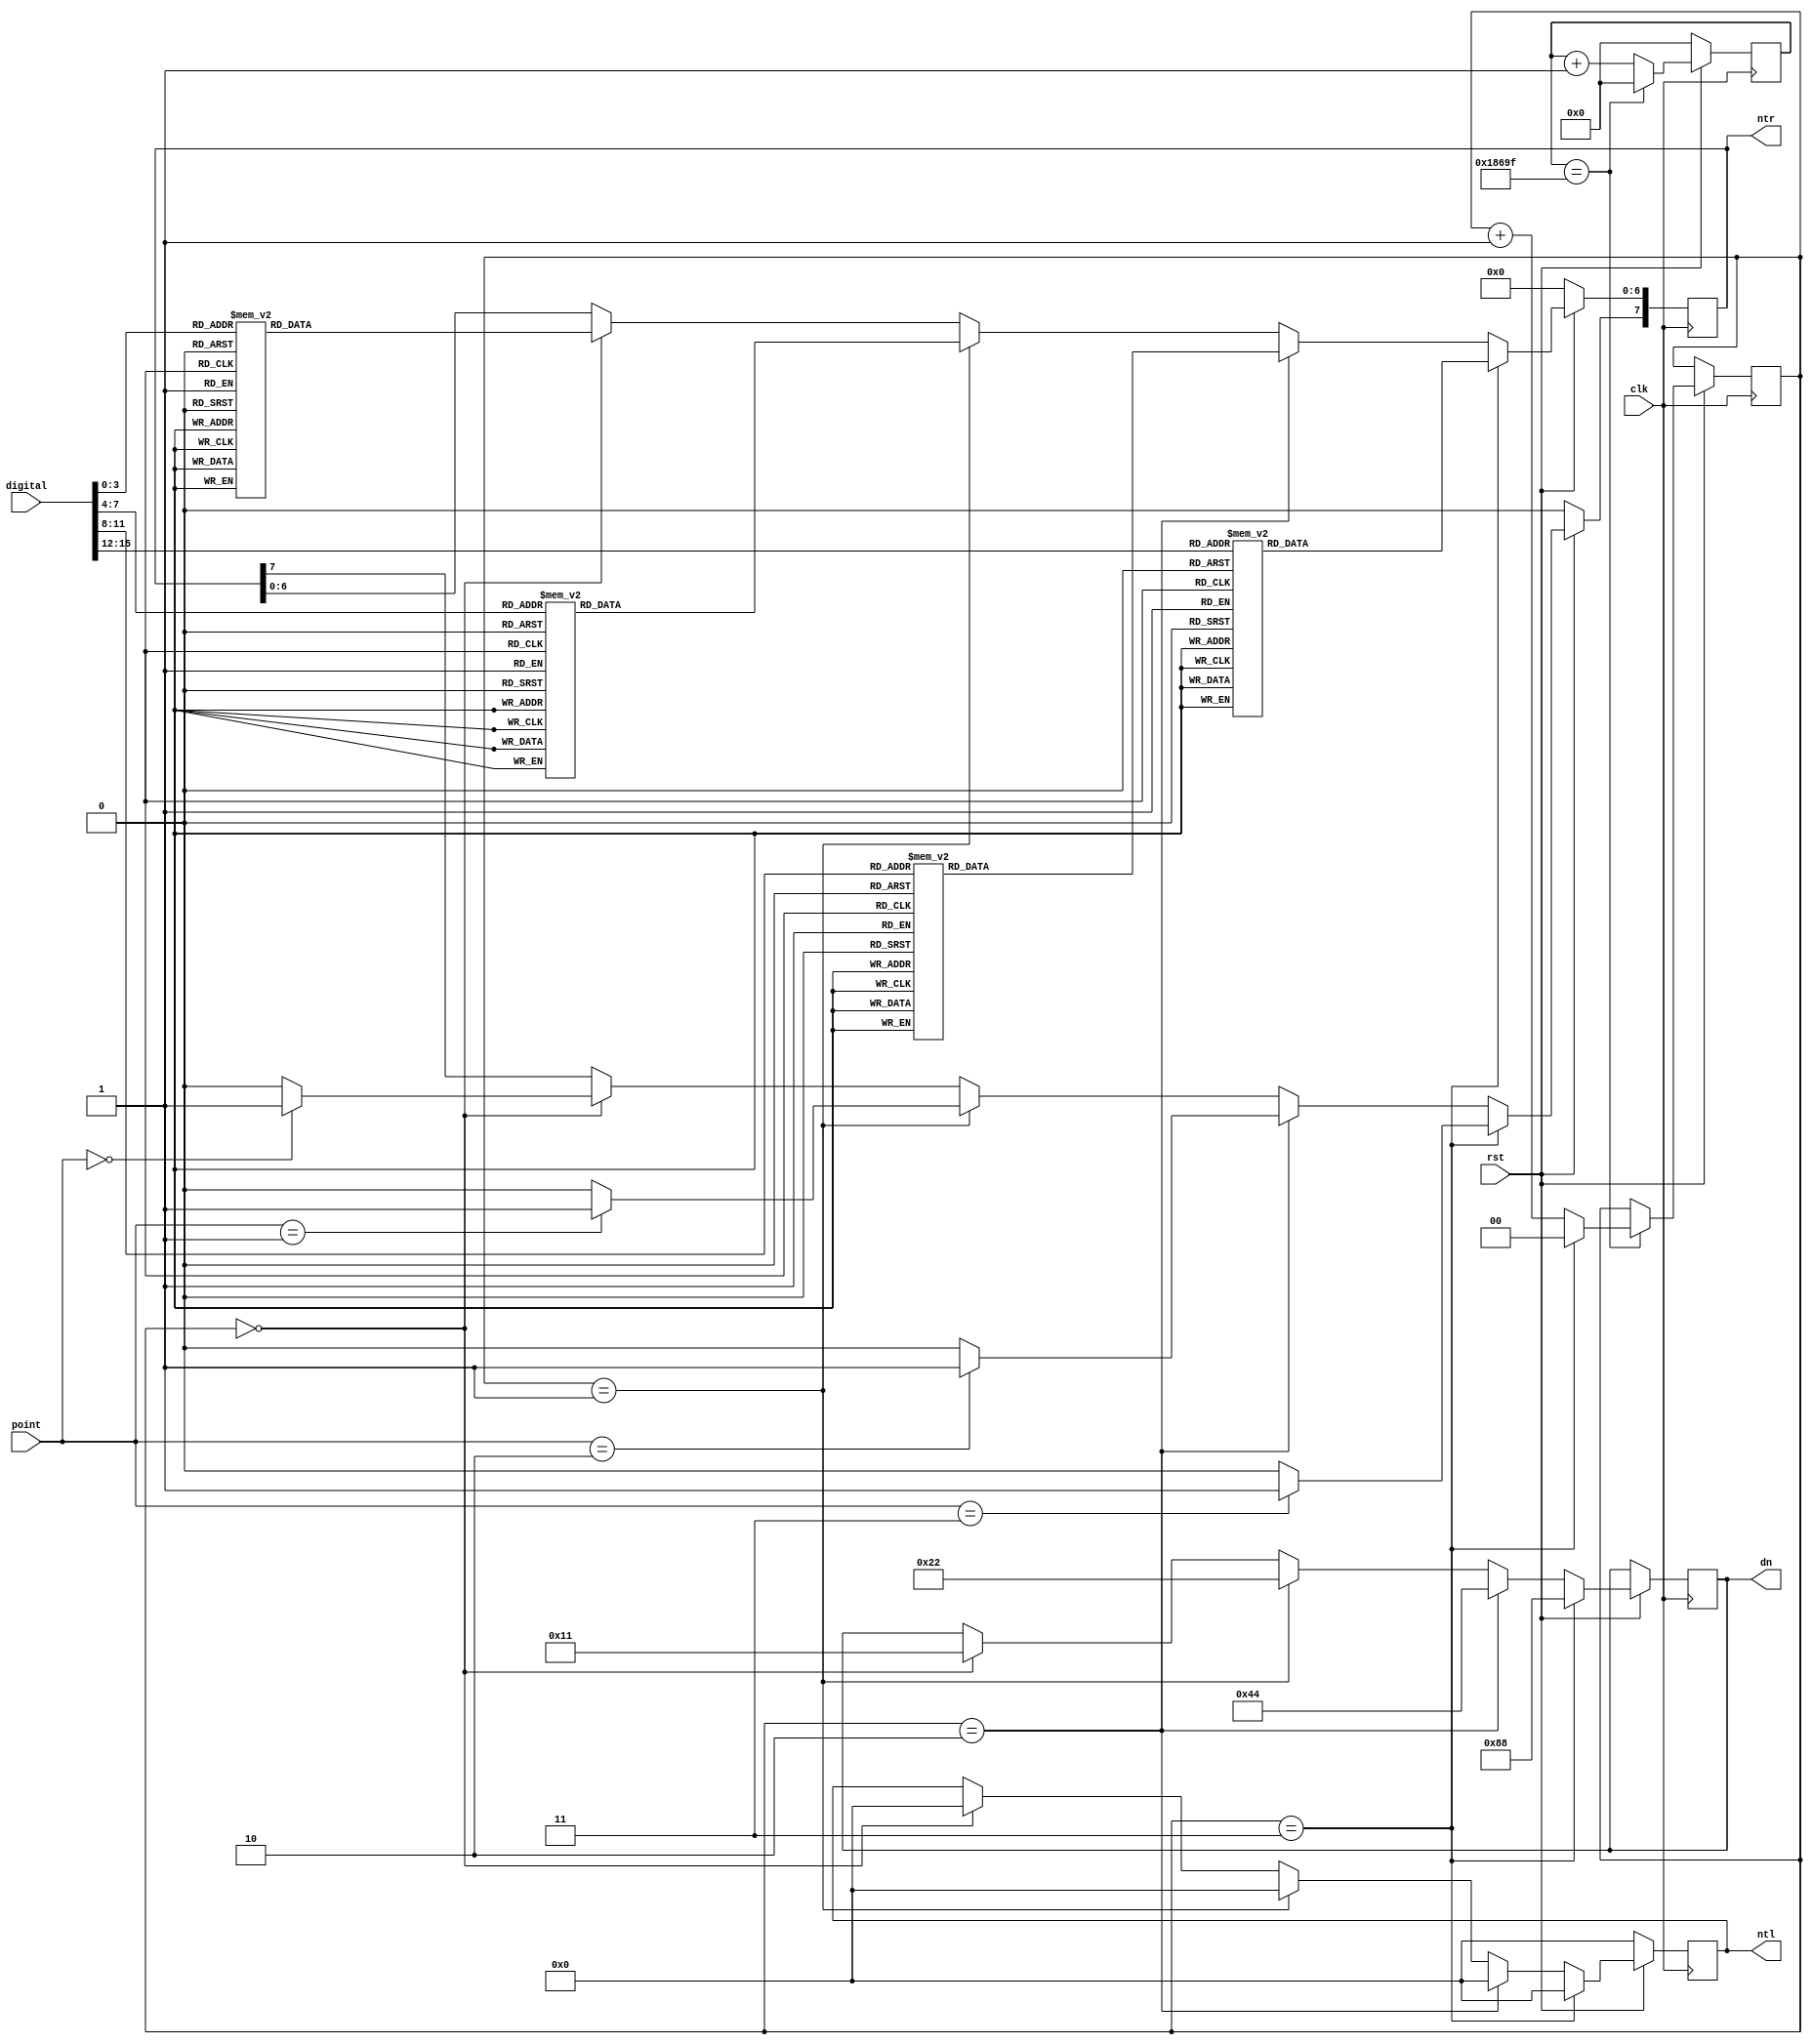
`timescale 1ns / 1ps
//////////////////////////////////////////////////////////////////////////////////
// Company: 
// Engineer: 
// 
// Design Name: 
// Module Name: digitalshow
// Project Name: 
// Target Devices: 
// Tool Versions: 
// Description: 
// 
// Dependencies: 
// 
// Revision:
// Revision 0.01 - File Created
// Additional Comments:
// 
//////////////////////////////////////////////////////////////////////////////////


module digitalshow(
    input clk,
    input rst,
    input [2:0] point,
    input [15:0] digital,
    (* KEEP = "TRUE" *)output reg [7:0] dn,
    (* KEEP = "TRUE" *)output reg [7:0] ntl,
    (* KEEP = "TRUE" *)output reg [7:0] ntr
    );
    reg [17:0] numbercount;//
    reg [1:0] number;//
    always@(posedge clk)
    begin
        if(!rst)
        begin
            numbercount <= 0;
            ntl <= 0;
            ntr <= 0;
        end
        else
        begin
            if(numbercount == 99999)
            begin
                numbercount <= 0;
                if(number==3)
                    number <= 0;
                else
                    number <= number+1;    
            end
            else
                numbercount <= numbercount+1;
            if(number == 0)
            begin
                dn <= 8'b0001_0001;
                ntl <= 8'b0000_0000;
                case(digital[3:0])
                    0:ntr[6:0] <= 7'b011_1111;//0
                    1:ntr[6:0] <= 7'b000_0110;//1
                    2:ntr[6:0] <= 7'b101_1011;//2
                    3:ntr[6:0] <= 7'b100_1111;//3
                    4:ntr[6:0] <= 7'b110_0110;//4
                    5:ntr[6:0] <= 7'b110_1101;//5
                    6:ntr[6:0] <= 7'b111_1101;//6
                    7:ntr[6:0] <= 7'b000_0111;//7
                    8:ntr[6:0] <= 7'b111_1111;//8
                    9:ntr[6:0] <= 7'b110_1111;//9
                    10:ntr[6:0] <= 7'b111_0110;//H
                    default:ntr[6:0] <= 7'b000_0000;
                endcase
                if(point == 0)
                    ntr[7] <= 1;
                else
                    ntr[7] <= 0;                                 
            end
            else;
            if(number == 1)
            begin
                dn <= 8'b0010_0010;
                ntl <= 8'b0000_0000;
                case(digital[7:4])
                    0:ntr[6:0] <= 7'b011_1111;//0
                    1:ntr[6:0] <= 7'b000_0110;//1
                    2:ntr[6:0] <= 7'b101_1011;//2
                    3:ntr[6:0] <= 7'b100_1111;//3
                    4:ntr[6:0] <= 7'b110_0110;//4
                    5:ntr[6:0] <= 7'b110_1101;//5
                    6:ntr[6:0] <= 7'b111_1101;//6
                    7:ntr[6:0] <= 7'b000_0111;//7
                    8:ntr[6:0] <= 7'b111_1111;//8
                    9:ntr[6:0] <= 7'b110_1111;//9
                    default:ntr[6:0] <= 7'b000_0000;
                endcase
                if(point == 1)
                    ntr[7] <= 1;
                else
                    ntr[7] <= 0; 
            end
            else;
            if(number == 2)
            begin
                dn <= 8'b0100_0100;
                ntl <= 8'b0000_0000;
                case(digital[11:8])
                    0:ntr[6:0] <= 7'b011_1111;//0
                    1:ntr[6:0] <= 7'b000_0110;//1
                    2:ntr[6:0] <= 7'b101_1011;//2
                    3:ntr[6:0] <= 7'b100_1111;//3
                    4:ntr[6:0] <= 7'b110_0110;//4
                    5:ntr[6:0] <= 7'b110_1101;//5
                    6:ntr[6:0] <= 7'b111_1101;//6
                    7:ntr[6:0] <= 7'b000_0111;//7
                    8:ntr[6:0] <= 7'b111_1111;//8
                    9:ntr[6:0] <= 7'b110_1111;//9
                    default:ntr[6:0] <= 7'b000_0000;
                endcase
                if(point == 2)
                    ntr[7] <= 1;
                else
                    ntr[7] <= 0; 
            end
            else;                          
            if(number == 3)
            begin
                dn <= 8'b1000_1000;
                ntl <= 8'b0000_0000;
                case(digital[15:12])
                    0:ntr[6:0] <= 7'b011_1111;//0
                    1:ntr[6:0] <= 7'b000_0110;//1
                    2:ntr[6:0] <= 7'b101_1011;//2
                    3:ntr[6:0] <= 7'b100_1111;//3
                    4:ntr[6:0] <= 7'b110_0110;//4
                    5:ntr[6:0] <= 7'b110_1101;//5
                    6:ntr[6:0] <= 7'b111_1101;//6
                    7:ntr[6:0] <= 7'b000_0111;//7
                    8:ntr[6:0] <= 7'b111_1111;//8
                    9:ntr[6:0] <= 7'b110_1111;//9
                    default:ntr[6:0] <= 7'b000_0000;
                endcase
                if(point == 3)
                    ntr[7] <= 1;
                else
                    ntr[7] <= 0; 
            end
            else;
        end      
    end
endmodule